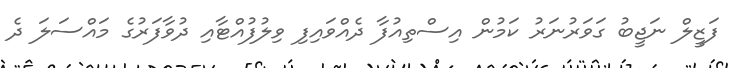
ފަޒީލް ނަޖީބު ގަވަރުނަރު ކަމުން އިސްތިއުފާ ދެއްވައިފި ވިލުފުއްޓާއި ދުވާފަރުގެ މައްސަލަ ދެ